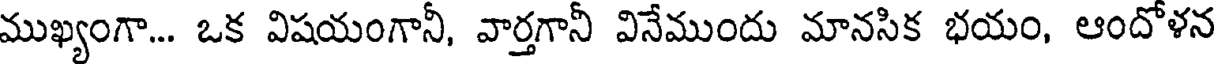
ముఖ్యంగా... ఒక విషయంగానీ, వార్తగానీ వినేముందు మానసిక భయం, ఆందోళన